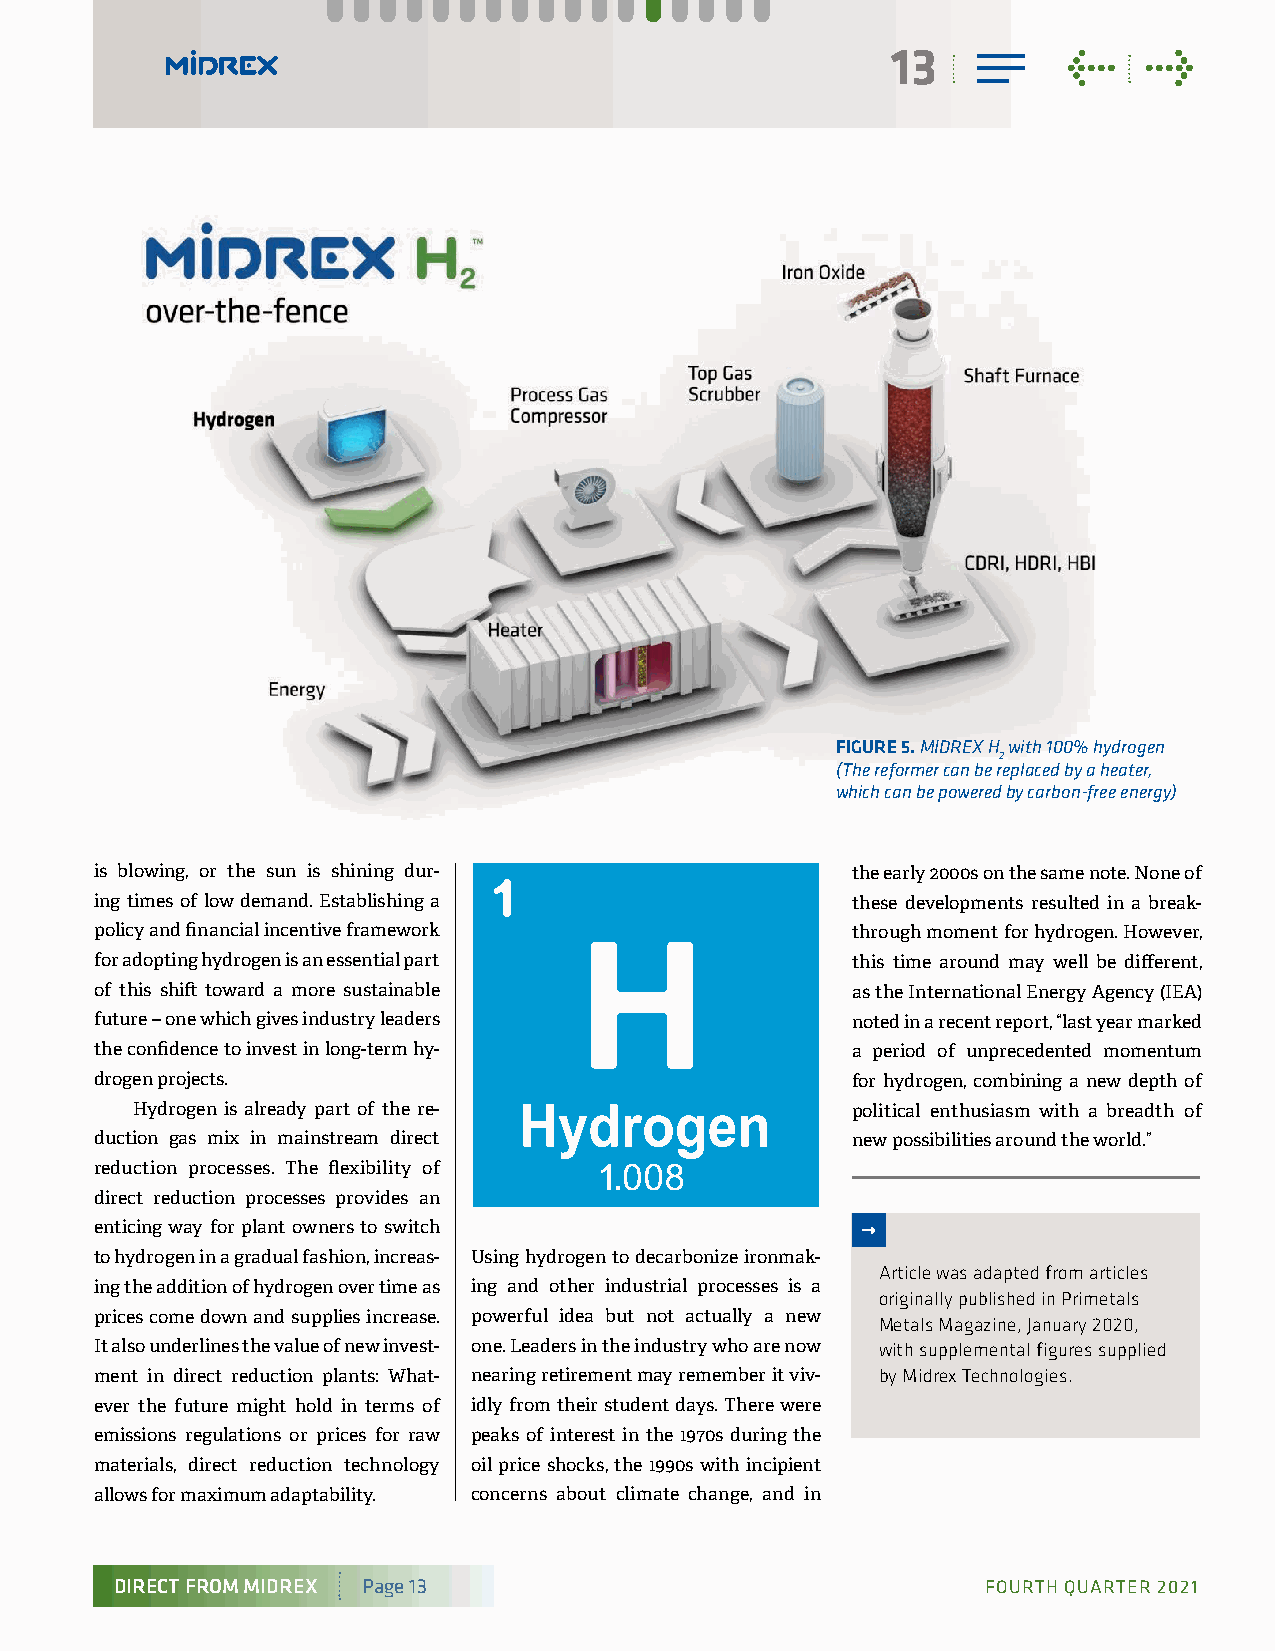
13          <    >
 FIGURE 5. MIDREX H with 100% hydrogen
 2
 (The reformer can be replaced by a heater,
 which can be powered by carbon-free energy)
 is blowing, or the sun is shining dur-            the early 2000s on the same note. None of
 ing times of low demand. Establishing a           these developments resulted in a break-
 policy and financial incentive framework          through moment for hydrogen. However,
 for adopting hydrogen is an essential part        this time around may well be different,
 of this shift toward a more sustainable           as the International Energy Agency (IEA)
 future – one which gives industry leaders         noted in a recent report, “last year marked
 the confidence to invest in long-term hy-         a period of unprecedented momentum
 drogen projects.                                  for hydrogen, combining a new depth of
 Hydrogen is already part of the re-            political enthusiasm with a breadth of
 duction gas mix in mainstream direct              new possibilities around the world.”
 reduction processes. The flexibility of
 direct reduction processes provides an
 enticing way for plant owners to switch
 to hydrogen in a gradual fashion, increas- Using hydrogen to decarbonize ironmak-
 Article was adapted from articles
 ing the addition of hydrogen over time as ing and other industrial processes is a
 originally published in Primetals
 prices come down and supplies increase. powerful idea but not actually a new
 Metals Magazine, January 2020,
 It also underlines the value of new invest- one. Leaders in the industry who are now with supplemental figures supplied
 ment in direct reduction plants: What- nearing retirement may remember it viv- by Midrex Technologies.
 ever the future might hold in terms of idly from their student days. There were
 emissions regulations or prices for raw peaks of interest in the 1970s during the
 materials, direct reduction technology oil price shocks, the 1990s with incipient
 allows for maximum adaptability. concerns about climate change, and in
 DIRECT FROM MIDREX Page 13                               FOURTH QUARTER 2021